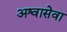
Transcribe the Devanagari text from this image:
अश्वासेवा